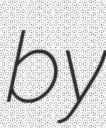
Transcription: by